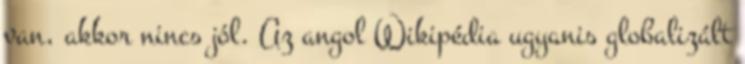
van, akkor nincs jól. Az angol Wikipédia ugyanis globalizált